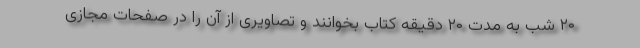
۲۰ شب به مدت ۲۰ دقیقه کتاب بخوانند و تصاویری از آن را در صفحات مجازی